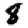
Digit: 8